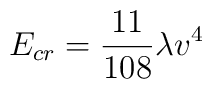
E_{cr} = {11\over 108} \lambda v^4